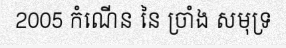
2005 កំណើន នៃ ច្រាំង សមុទ្រ